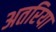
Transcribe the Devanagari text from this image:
अतरिया